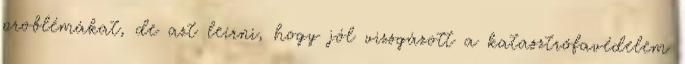
problémákat, de azt leírni, hogy jól vizsgázott a katasztrófavédelem